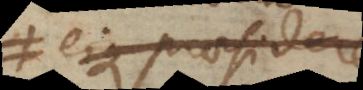
eique praesidere,